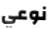
نوعي